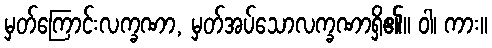
မှတ်ကြောင်းလက္ခဏာ, မှတ်အပ်သောလက္ခဏာရှိ၏။ ဝါ၊ ကား။